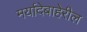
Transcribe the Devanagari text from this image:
मर्यादेबाहेरील